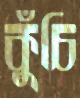
কুঁচি